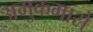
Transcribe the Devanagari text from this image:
अमुकमासे